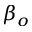
\beta _ { o }